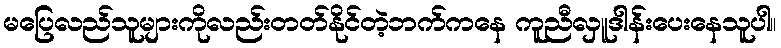
မပြေလည်သူများကိုလည်းတတ်နိုင်တဲ့ဘက်ကနေ ကူညီလှူဒါန်းပေးနေသူပါ။